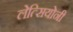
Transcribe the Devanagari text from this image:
लेत्सियोनी